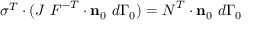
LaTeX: { \boldsymbol { \sigma } } ^ { T } \cdot ( J ~ { \boldsymbol { F } } ^ { - T } \cdot \mathbf { n } _ { 0 } ~ d \Gamma _ { 0 } ) = { \boldsymbol { N } } ^ { T } \cdot \mathbf { n } _ { 0 } ~ d \Gamma _ { 0 }